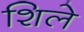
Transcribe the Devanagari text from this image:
शिले